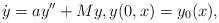
\begin{align*}\dot y=ay''+My, y(0,x)=y_0(x),\end{align*}